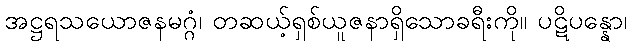
အဋ္ဌရသယောဇနမဂ္ဂံ၊ တဆယ့်ရှစ်ယူဇနာရှိသောခရီးကို။ ပဋိပန္နော၊